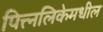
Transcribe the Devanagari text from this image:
पित्त्नलिकेमधील